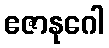
ဧဇာနုဂေါ